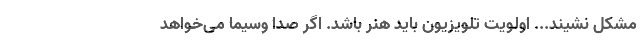
مشکل نشیند... اولویت تلویزیون باید هنر باشد. اگر صدا وسیما می‌خواهد